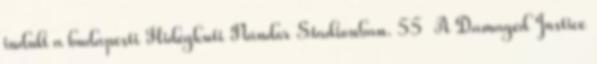
indult a budapesti Hidegkuti Nándor Stadionban. 55 A Damaged Justice